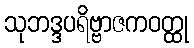
သုဘဒ္ဒပရိဗ္ဗာဇကဝတ္ထု